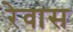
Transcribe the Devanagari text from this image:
रेवास